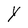
Character: Y